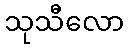
သုသီလော